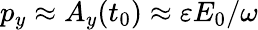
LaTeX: p_{y}\approx A_{y}(t_{0})\approx\varepsilon E_{0}/\omega